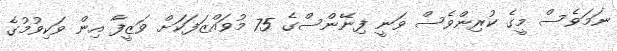
ނަމަވެސް މީގެ ކުރިންވެސް ވަނީ ފިނޭންސްގެ 75 މުވައްޒަފަކަށް ވަޒީފާ އިން ވަކިވުމުގެ